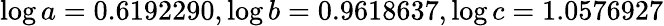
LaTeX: \log a=0.6192290,\log b=0.9618637,\log c=1.0576927